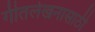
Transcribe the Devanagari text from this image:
गीतलेखनासाठी